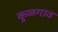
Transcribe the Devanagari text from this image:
कुळगाव